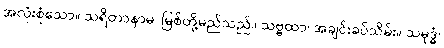
အလုံးစုံသော။ သရိတာနာမ၊ မြစ်တို့မည်သည်။ သဗ္ဗထာ၊ အချင်းခပ်သိမ်း။ သမုဒ္ဓံ၊